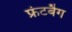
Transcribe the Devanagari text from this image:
फ्रंटबैग